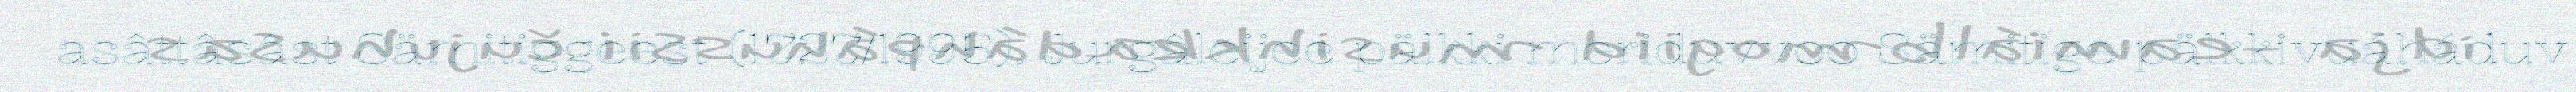
asâttâsâst Sämitiggeest (1727/1995). Jurgâleijee pälkki meriduvvoo Sämitige pälkkivuáháduv